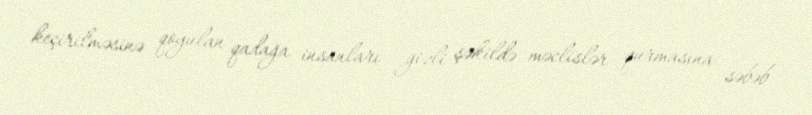
keçirilməsinə qoyulan qadağa insanları gizli şəkildə məclislər qurmasına səbəb